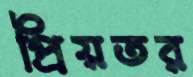
প্রিয়তর